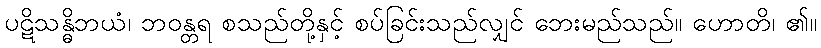
ပဋိသန္ဓိဘယံ၊ ဘဝန္တရ စသည်တို့နှင့် စပ်ခြင်းသည်လျှင် ဘေးမည်သည်။ ဟောတိ၊ ၏။